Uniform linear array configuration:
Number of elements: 16
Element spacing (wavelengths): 0.25
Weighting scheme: kaiser
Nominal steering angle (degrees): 45
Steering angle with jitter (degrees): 43.254
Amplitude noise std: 0.05
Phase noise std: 0.05

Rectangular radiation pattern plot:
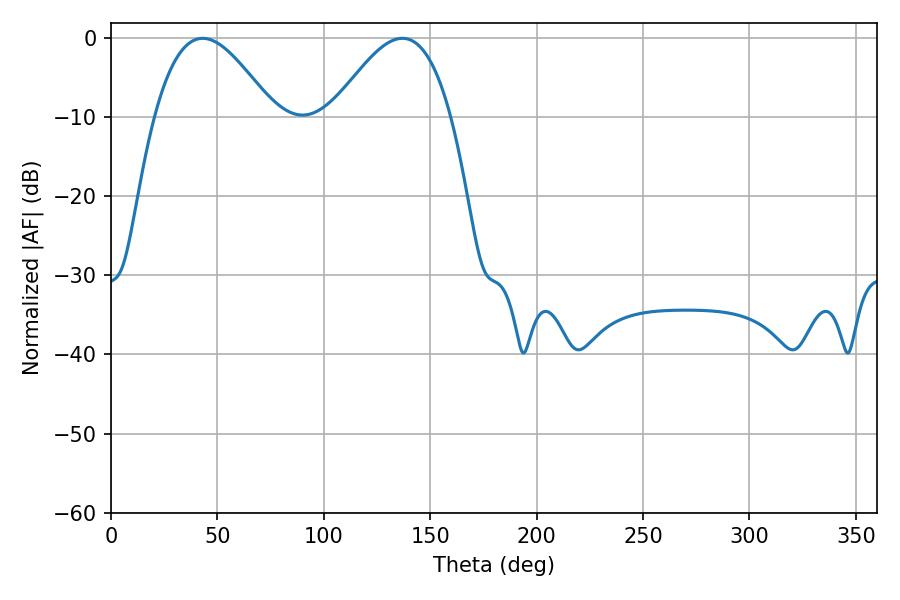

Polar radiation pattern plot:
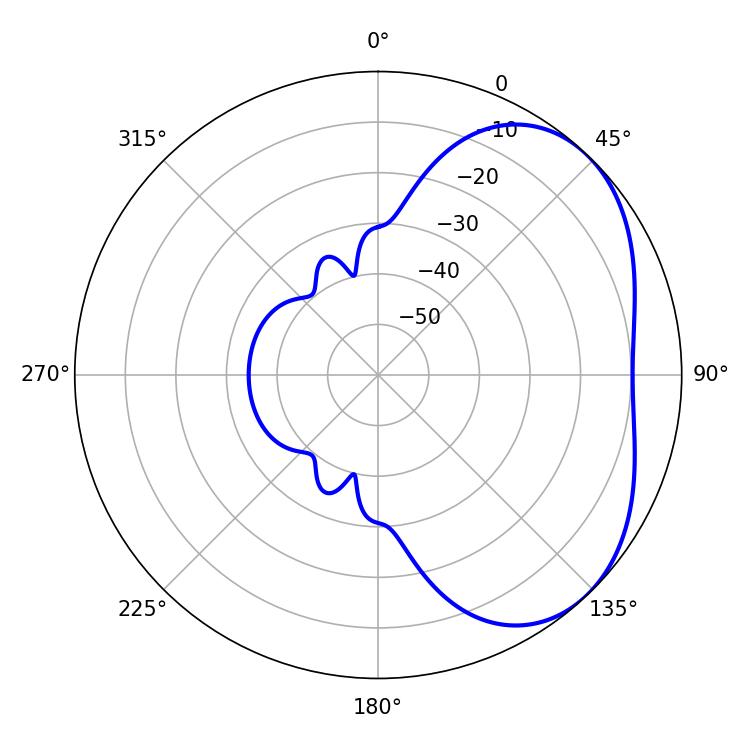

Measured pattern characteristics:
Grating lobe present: FALSE
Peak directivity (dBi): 3.717
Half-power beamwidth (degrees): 30.06
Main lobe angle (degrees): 43.02